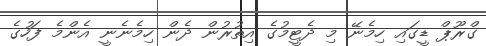
ގްރޫޕް ޑީގައި ހިމެނޭ މި ދެޓީމުގެ އިތުރުން ދެން ހިމެނެނީ އެންމެ ފަހުގެ